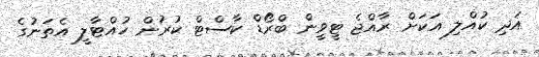
އަދި ކުއްލި އަކަށް ރާއްޖެ ޓީވީން ބްރޯޑް ކާސްޓް ކުރުން ހުއްޓާލީ އެތަނުގެ